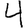
Digit: 4